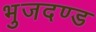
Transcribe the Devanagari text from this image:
भुजदण्ड